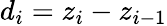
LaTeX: d_{i}=z_{i}-z_{i-1}